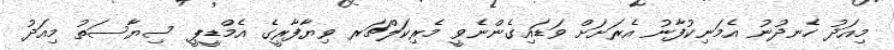
މިއަދު ހެނދުނު އެމަނިކުފާނު އެރަށަށް ވަޑައިގެންނެވީ މެރިކަލްޗަރ ވިޔާފާރީގެ އެމްޑީޕީ ސިޔާސަތު މިއަދު